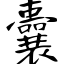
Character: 囊